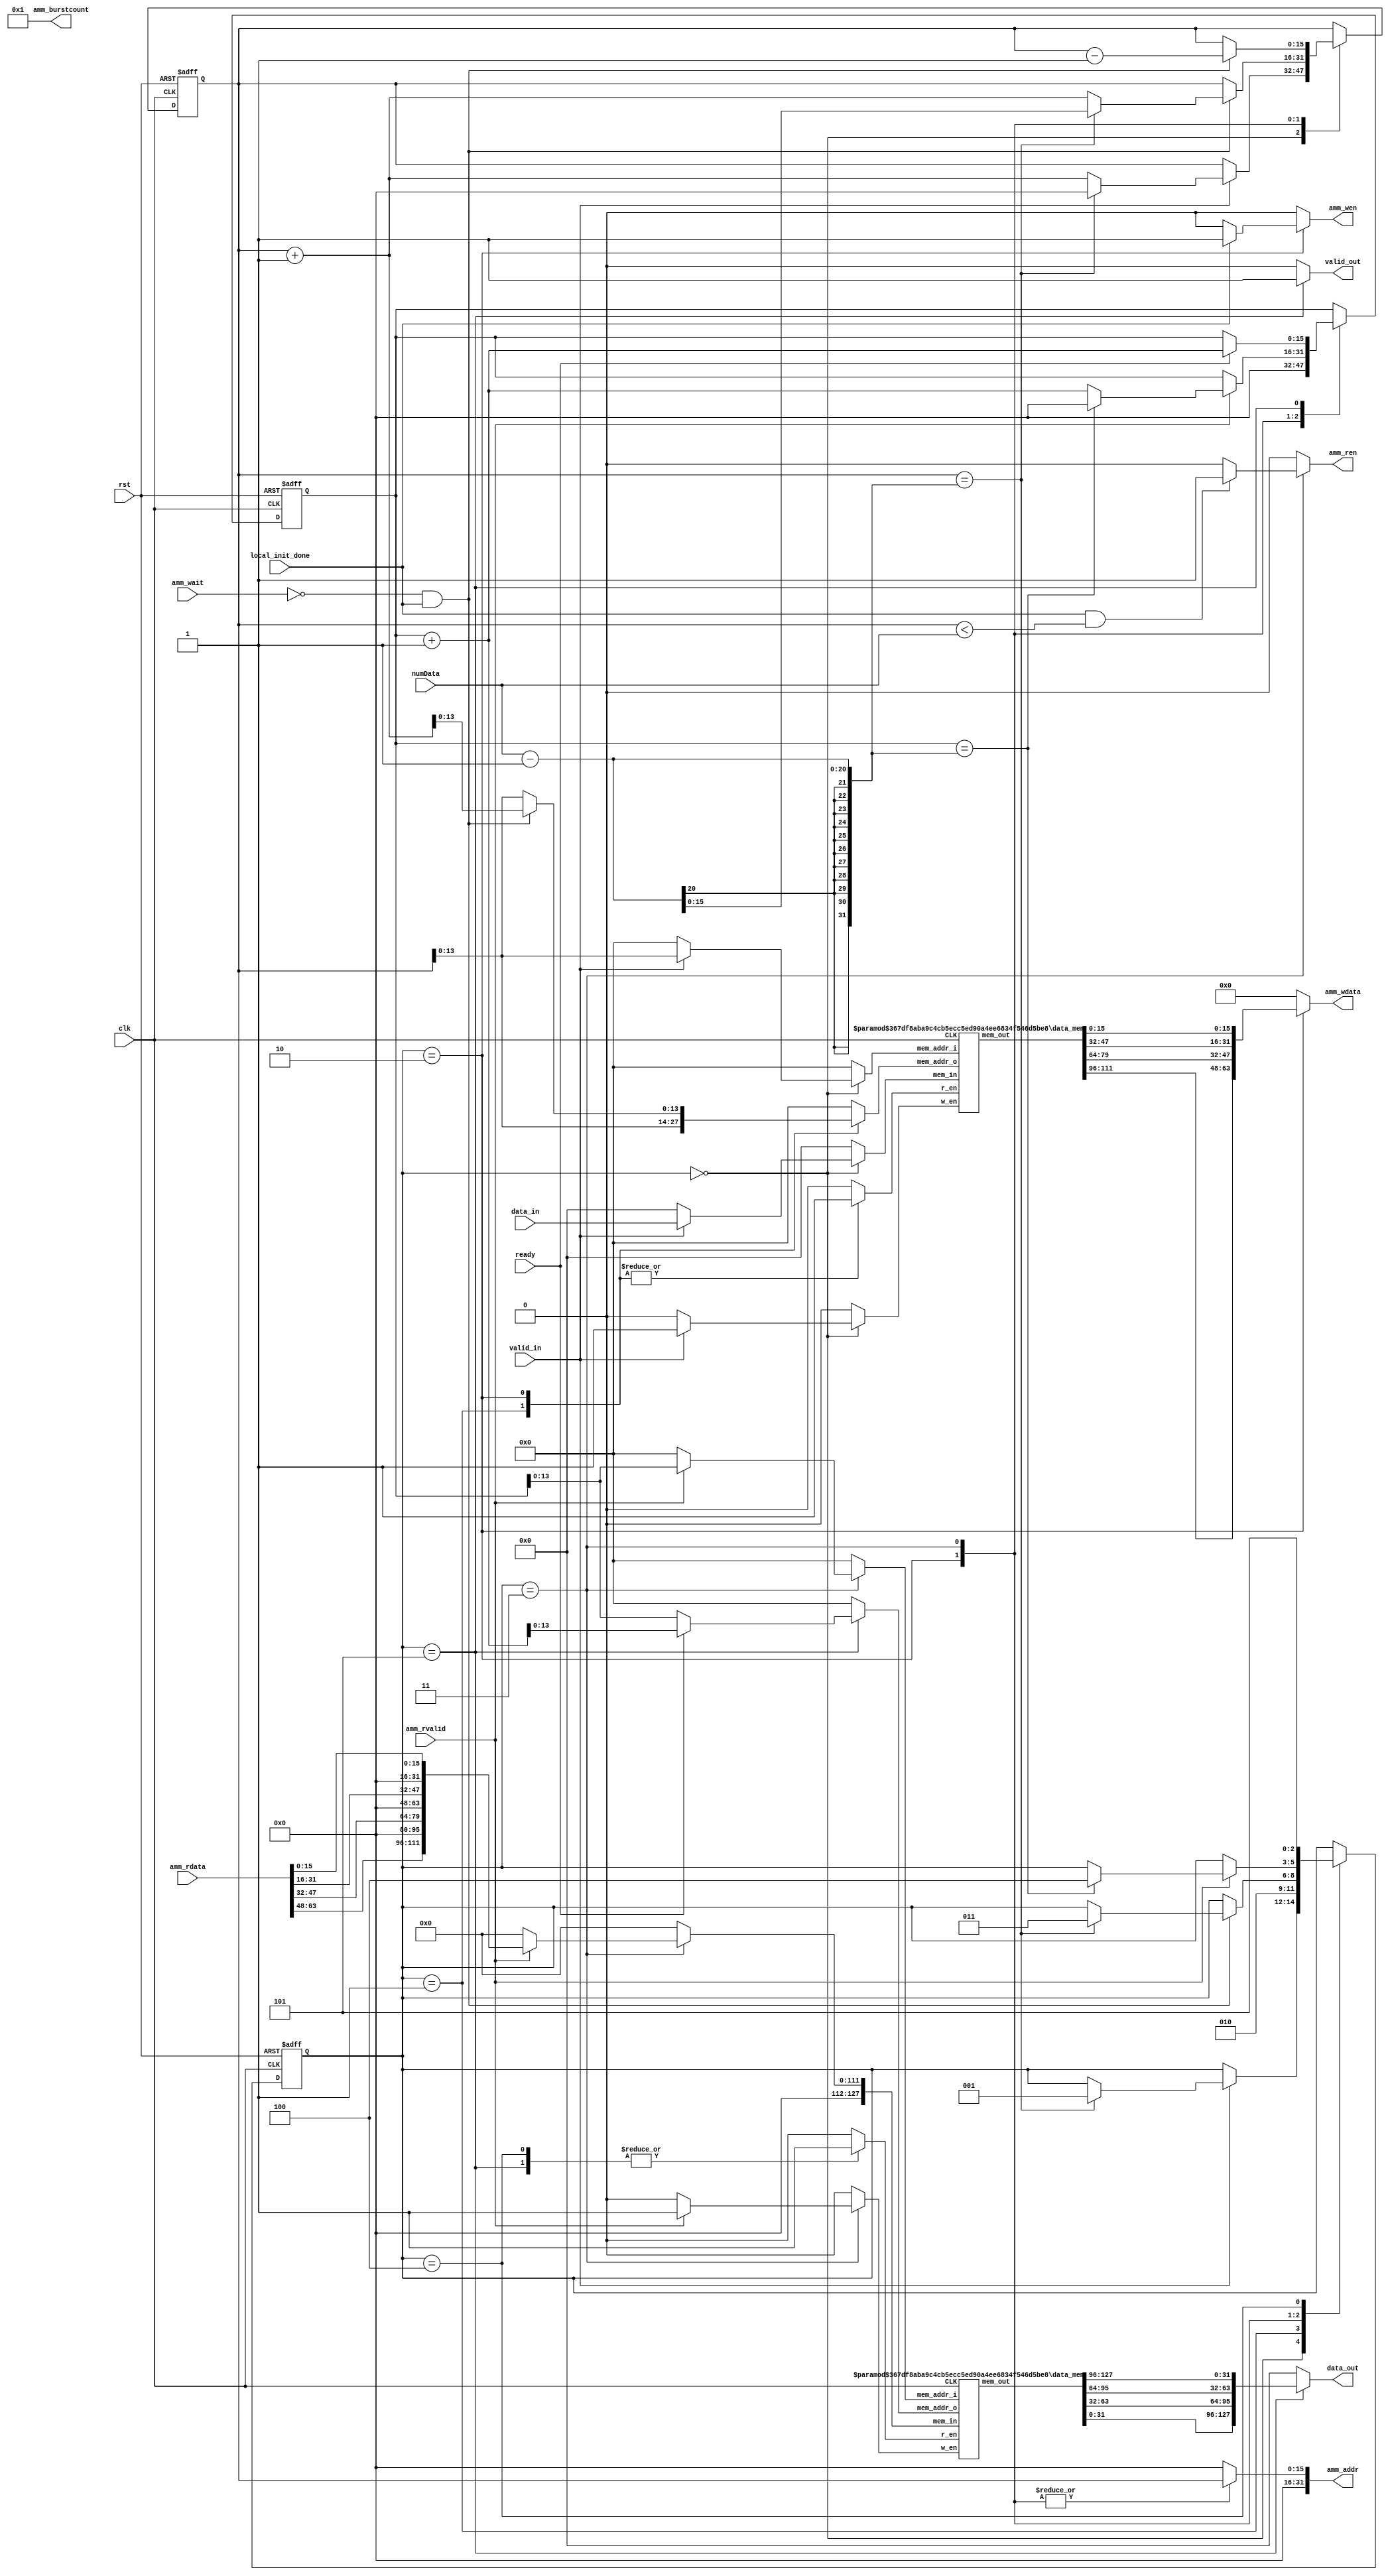
module dram_wrapper #(
	parameter C_PCI_DATA_WIDTH = 9'd32,
	parameter DDR_DATA_WIDTH   = 64,
	parameter DDR_ADDR_WIDTH   = 32
)
(clk, rst, data_in, valid_in, numData, data_out, valid_out, ready,
 local_init_done,
 amm_wait,
 amm_addr,
 amm_rvalid,
 amm_rdata,
 amm_wdata,
 amm_ren,
 amm_wen,
 amm_burstcount
 );

  /* ============================================ */
    input           	clk;
    input           	rst;
    input  [127:0]		data_in;
    input   		  	valid_in;
	input  [19:0]		numData;
    input   		  	ready;

    output reg [127:0]	data_out;
	output reg 			valid_out;

	//DDR interface
	input  local_init_done;
	input  amm_wait;
	output reg [DDR_ADDR_WIDTH-1:0] amm_addr;
	input  amm_rvalid;
	input  [DDR_DATA_WIDTH-1:0] amm_rdata;
	output reg [DDR_DATA_WIDTH-1:0] amm_wdata;
	output reg amm_ren;
	output reg amm_wen;
	output [5:0] amm_burstcount;

	assign amm_burstcount = 1;
	  
	parameter NUM_OF_PAT = 65536/4;
	parameter MEM_ADDR_WIDTH = $clog2(NUM_OF_PAT);
	  
	localparam RECI = 0;
	localparam TRAN1 = 1;
	localparam TODDR = 2;
	localparam TORAM = 3;
	localparam TRAN2 = 4;
	localparam SEND = 5;
	  
	reg  						UX_r_en     [0:1];
	reg  [MEM_ADDR_WIDTH-1:0]	UX_in_addr  [0:1];	//write in
	reg  [MEM_ADDR_WIDTH-1:0]	UX_out_addr [0:1];	//read out
	reg  					 	UX_w_en     [0:1];
	reg  [127:0]  				UX_in       [0:1];
	wire [127:0]  				UX_out      [0:1];

    reg [2:0]	state, state_nxt;
	reg [MEM_ADDR_WIDTH+1:0]	counter1,  counter1_nxt;
	reg [MEM_ADDR_WIDTH+1:0]	counter2,  counter2_nxt;

	integer i;

  /* ============================================ */
    always@(*) begin
    	for(i = 0; i < 2; i = i + 1) begin
			UX_r_en[i] = 0;
			UX_in_addr[i] = 0;
			UX_out_addr[i] = 0;
			UX_w_en[i] = 0;
			UX_in[i] = 128'd0;
		end
		state_nxt = state;
		counter1_nxt = counter1;
		counter2_nxt = counter2;
		valid_out = 0;
		data_out  = 0;

		amm_addr = 0;
		amm_wdata = 0;
		amm_ren = 0;
		amm_wen = 0;

		case(state)
			RECI: begin
				if(valid_in) begin
					counter1_nxt = counter1 + 1;
					UX_w_en[0] = 1'b1;	//first (NUM_OF_PAT) data : a
					UX_in_addr[0] = counter1[MEM_ADDR_WIDTH-1:0];
					UX_in[0] = data_in;
					if(counter1 == (numData - 1)) begin
						state_nxt   = TRAN1;
						counter1_nxt = 0;
						//read from block RAM (for tran)
					end
				end
			end
			TRAN1: begin
				UX_r_en[0]     = 1;
				UX_out_addr[0] = counter1;
				state_nxt = TODDR;
			end
			TODDR: begin
				UX_r_en[0]     = 1;
				UX_out_addr[0] = counter1;
				amm_wdata = {UX_out[0][111:96], UX_out[0][79:64], UX_out[0][47:32], UX_out[0][15:0]};
				amm_wen = local_init_done ? 1'b1 : 1'b0;
				amm_addr = counter1;
				if(~amm_wait && local_init_done) begin
					counter1_nxt = counter1 + 1;
					UX_out_addr[0] = counter1_nxt;
					if(counter1 == (numData - 1)) begin
						state_nxt = TORAM;
						counter1_nxt = numData - 1;
					end
				end
				counter2_nxt = 0;
			end
			TORAM: begin
				amm_ren = local_init_done && counter1 < numData ? 1'b1 : 1'b0;
				amm_addr = counter1;
				if(~amm_wait && local_init_done) begin
					counter1_nxt = counter1 - 1;
				end
				if(amm_rvalid) begin
					counter2_nxt = counter2 + 1;
					UX_w_en[1] = 1'b1;	//first (NUM_OF_PAT) data : a
					UX_in_addr[1] = counter2[MEM_ADDR_WIDTH-1:0];
					UX_in[1] = {16'd0, amm_rdata[63:48], 16'd0, amm_rdata[47:32], 16'd0, amm_rdata[31:16], 16'd0, amm_rdata[15:0]};
					if(counter2 == (numData - 1)) begin
						state_nxt   = TRAN2;
						counter2_nxt = 0;
						//read from block RAM (for tran)
					end
				end
			end
			TRAN2: begin
				UX_r_en[1]     = 1;
				UX_out_addr[1] = 0;
				state_nxt = SEND;
			end
			SEND: begin
				valid_out = 1;
				data_out  = {UX_out[1][31:0], UX_out[1][63:32], UX_out[1][95:64], UX_out[1][127:96]};
				//read from block RAM (for send)
				UX_r_en[1]     = 1;
				UX_out_addr[1] = counter2[MEM_ADDR_WIDTH-1:0];
				if(ready) begin
					counter2_nxt = counter2 + 1;
					UX_out_addr[1] = counter2_nxt[MEM_ADDR_WIDTH-1:0];
				end
			end
        endcase
    end

  /* ============================================ */
    always@(posedge clk or posedge rst)
    begin
        if (rst) begin
			state 	<= RECI;
			counter1 <= 0;
			counter2 <= 0;
		end
        else begin
			state 	<= state_nxt;
			counter1 <= counter1_nxt;
			counter2 <= counter2_nxt;
        end
    end
  /* ============================================ */  
  
    data_mem #(128, MEM_ADDR_WIDTH) data_a_mem (
		.CLK(clk), 
		.w_en       (UX_w_en[0]), 
		.mem_in     (UX_in[0]), 
		.mem_addr_i (UX_in_addr[0]), 
		.r_en       (UX_r_en[0]), 
		.mem_out    (UX_out[0]),
		.mem_addr_o (UX_out_addr[0])
	);

	data_mem #(128, MEM_ADDR_WIDTH) data_b_mem (
		.CLK(clk), 
		.w_en       (UX_w_en[1]), 
		.mem_in     (UX_in[1]), 
		.mem_addr_i (UX_in_addr[1]), 
		.r_en       (UX_r_en[1]), 
		.mem_out    (UX_out[1]),
		.mem_addr_o (UX_out_addr[1])
	);

endmodule

//==============================================================================//

// Quartus II Verilog Template
// True Dual Port RAM with single clock
module data_mem
#(parameter DATA_WIDTH=128, parameter ADDR_WIDTH=7)
(
	input [(DATA_WIDTH-1):0] mem_in,
	// input [(DATA_WIDTH-1):0] data_b,
	input [(ADDR_WIDTH-1):0] mem_addr_i, mem_addr_o,
	input w_en, r_en, CLK,
	// output reg [(DATA_WIDTH-1):0] q_a,
	output reg [(DATA_WIDTH-1):0] mem_out
);

	// Declare the RAM variable
	reg [DATA_WIDTH-1:0] ram[2**ADDR_WIDTH-1:0];

	// Port A 
	always @ (posedge CLK)
	begin
		if (w_en) begin
			ram[mem_addr_i] <= mem_in;
		end 
	end 

	// Port B 
	always @ (posedge CLK)
	begin
		if (r_en) begin
			mem_out <= ram[mem_addr_o];
		end 
	end

endmodule